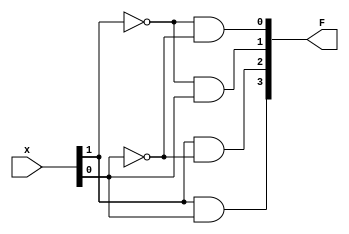
module decoder2to4 (F,x);
	output wire [3:0] F;
	input wire [1:0] x;
	wire x_bar[1:0];
	
	
	not notx1 (x_bar[1],x[1]);
	not notx0 (x_bar[0],x[0]);
	and and1(F[3],x[1],x[0]);
	and and2(F[2],x[1],x_bar[0]);
	and and3(F[1],x_bar[1],x[0]);
	and and4(F[0],x_bar[1],x_bar[0]);
endmodule